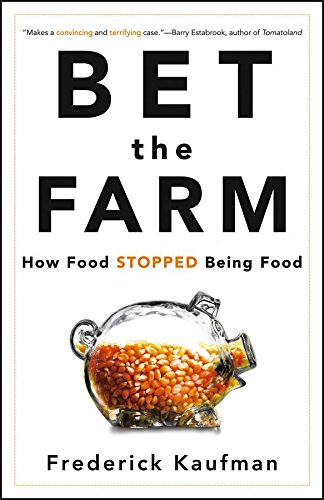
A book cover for Bet the Farm: How Food Stopped Being Food; Frederick Kaufman; Cookbooks, Food & Wine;